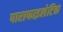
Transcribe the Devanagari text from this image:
पाराफाइलेटिक